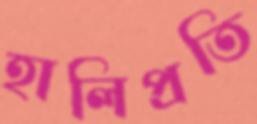
হালিপ্রতি